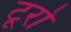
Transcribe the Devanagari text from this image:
टूरो